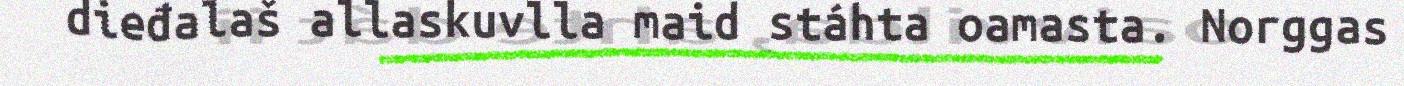
dieđalaš allaskuvlla maid stáhta oamasta. Norggas